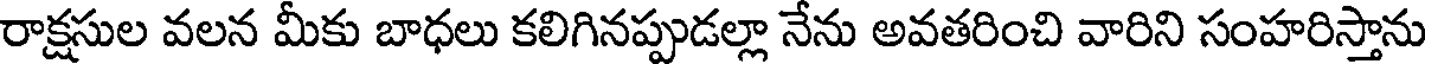
రాక్షసుల వలన మీకు బాధలు కలిగినప్పుడల్లా నేను అవతరించి వారిని సంహరిస్తాను